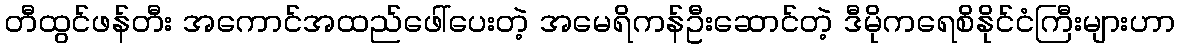
တီထွင်ဖန်တီး အကောင်အထည်ဖေါ်ပေးတဲ့ အမေရိကန်ဦးဆောင်တဲ့ ဒီမိုကရေစိနိုင်ငံကြီးများဟာ